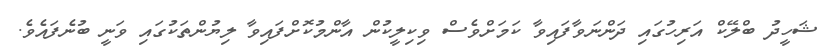
ޝަހީދު ބްލޭކް އަރިހުގައި ދަންނަވާފައިވާ ކަމަށްވެސް ވިކިލީކުން އާންމުކޮށްފައިވާ ލިޔުންތަކުގައި ވަނީ ބުނެފައެވެ.